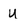
Character: U